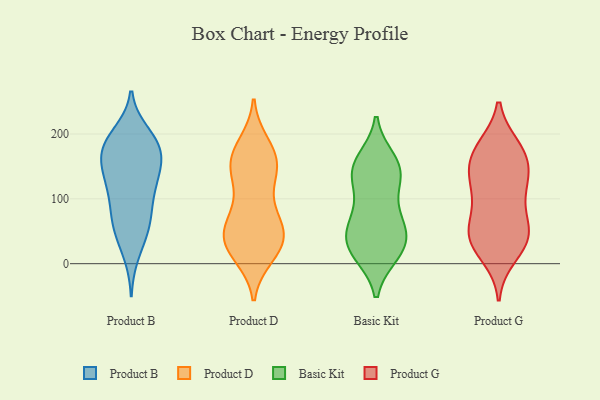
{"axis": {"x": "Humidity (%)", "y": "Value"}, "legend": ["Basic Kit", "Product B", "Product D", "Product G"], "data": [{"x": "", "y": 52, "type": "Product B"}, {"x": "", "y": 200, "type": "Product B"}, {"x": "", "y": 162, "type": "Product B"}, {"x": "", "y": 112, "type": "Product B"}, {"x": "", "y": 79, "type": "Product B"}, {"x": "", "y": 140, "type": "Product B"}, {"x": "", "y": 169, "type": "Product B"}, {"x": "", "y": 127, "type": "Product B"}, {"x": "", "y": 193, "type": "Product B"}, {"x": "", "y": 65, "type": "Product B"}, {"x": "", "y": 70, "type": "Product B"}, {"x": "", "y": 15, "type": "Product B"}, {"x": "", "y": 183, "type": "Product B"}, {"x": "", "y": 186, "type": "Product B"}, {"x": "", "y": 137, "type": "Product B"}, {"x": "", "y": 180, "type": "Product B"}, {"x": "", "y": 42, "type": "Product B"}, {"x": "", "y": 135, "type": "Product B"}, {"x": "", "y": 101, "type": "Product B"}, {"x": "", "y": 171, "type": "Product B"}, {"x": "", "y": 54, "type": "Product D"}, {"x": "", "y": 48, "type": "Product D"}, {"x": "", "y": 168, "type": "Product D"}, {"x": "", "y": 167, "type": "Product D"}, {"x": "", "y": 132, "type": "Product D"}, {"x": "", "y": 14, "type": "Product D"}, {"x": "", "y": 76, "type": "Product D"}, {"x": "", "y": 183, "type": "Product D"}, {"x": "", "y": 28, "type": "Product D"}, {"x": "", "y": 76, "type": "Product D"}, {"x": "", "y": 151, "type": "Product D"}, {"x": "", "y": 66, "type": "Product D"}, {"x": "", "y": 32, "type": "Product D"}, {"x": "", "y": 36, "type": "Product D"}, {"x": "", "y": 144, "type": "Product D"}, {"x": "", "y": 23, "type": "Product D"}, {"x": "", "y": 30, "type": "Product D"}, {"x": "", "y": 131, "type": "Product D"}, {"x": "", "y": 166, "type": "Product D"}, {"x": "", "y": 132, "type": "Basic Kit"}, {"x": "", "y": 61, "type": "Basic Kit"}, {"x": "", "y": 125, "type": "Basic Kit"}, {"x": "", "y": 141, "type": "Basic Kit"}, {"x": "", "y": 48, "type": "Basic Kit"}, {"x": "", "y": 150, "type": "Basic Kit"}, {"x": "", "y": 16, "type": "Basic Kit"}, {"x": "", "y": 77, "type": "Basic Kit"}, {"x": "", "y": 32, "type": "Basic Kit"}, {"x": "", "y": 71, "type": "Basic Kit"}, {"x": "", "y": 159, "type": "Basic Kit"}, {"x": "", "y": 20, "type": "Basic Kit"}, {"x": "", "y": 36, "type": "Basic Kit"}, {"x": "", "y": 18, "type": "Basic Kit"}, {"x": "", "y": 150, "type": "Basic Kit"}, {"x": "", "y": 87, "type": "Product G"}, {"x": "", "y": 148, "type": "Product G"}, {"x": "", "y": 39, "type": "Product G"}, {"x": "", "y": 174, "type": "Product G"}, {"x": "", "y": 168, "type": "Product G"}, {"x": "", "y": 132, "type": "Product G"}, {"x": "", "y": 13, "type": "Product G"}, {"x": "", "y": 53, "type": "Product G"}, {"x": "", "y": 172, "type": "Product G"}, {"x": "", "y": 32, "type": "Product G"}, {"x": "", "y": 53, "type": "Product G"}, {"x": "", "y": 119, "type": "Product G"}, {"x": "", "y": 133, "type": "Product G"}, {"x": "", "y": 37, "type": "Product G"}, {"x": "", "y": 105, "type": "Product G"}, {"x": "", "y": 46, "type": "Product G"}, {"x": "", "y": 179, "type": "Product G"}]}